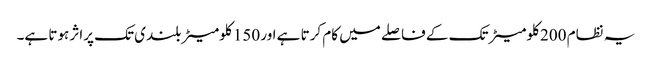
یہ نظام 200 کلومیٹر تک کے فاصلے میں کام کرتا ہے اور 150 کلومیٹر بلندی تک پراثر ہوتا ہے۔